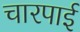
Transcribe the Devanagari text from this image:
चारपार्इ